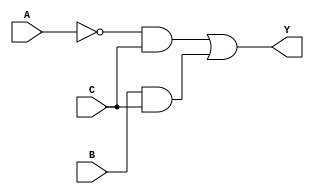
module EPI_Logic (
    input wire A,
    input wire B,
    input wire C,
    output wire Y
);

// Define the minterms for the function
// For example, let's assume the function is true for minterms 1, 3, 5, and 7
// Minterms: 1 (001), 3 (011), 5 (101), 7 (111)
wire m1 = (~A & ~B & C); // minterm 1
wire m3 = (~A & B & C);  // minterm 3
wire m5 = (A & ~B & C);  // minterm 5
wire m7 = (A & B & C);   // minterm 7

// Identify prime implicants
// In this case, we can directly identify the essential prime implicants
// For this example, let's assume we have identified the following EPIs:
// EPI1: A'C (covers minterms 1 and 3)
// EPI2: BC (covers minterms 5 and 7)

wire EPI1 = (~A & C); // A'C
wire EPI2 = (B & C);  // BC

// Combine essential prime implicants to produce the final output
assign Y = EPI1 | EPI2;

endmodule